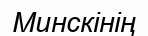
Минскінің